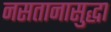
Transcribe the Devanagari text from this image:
नसतानासुद्धा